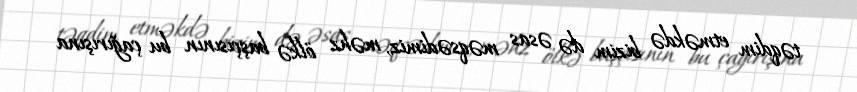
təqdim etməkdə bizim də əsas məqsədimiz, məhz ölkə başçısının bu çağırışına